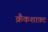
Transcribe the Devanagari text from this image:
क्रैंकशाफ़्ट